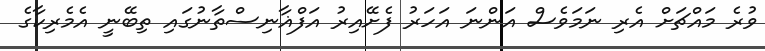
ވުރެ މައްޗަށް އެރި ނަމަވެސް އަންނަ އަހަރު ފެށޭއިރު އަފްޣާނިސްތާނުގައި ތިބޭނީ އެމެރިކާގެ